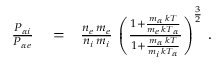
\begin{array} { r l r } { \frac { P _ { \alpha i } } { P _ { \alpha e } } } & { { } = } & { \frac { n _ { e } \, m _ { e } } { n _ { i } \, m _ { i } } \, \left( \frac { 1 + \frac { m _ { \alpha } \, k T } { m _ { e } \, k T _ { \alpha } } } { 1 + \frac { m _ { \alpha } \, k T } { m _ { i } \, k T _ { \alpha } } } \right) ^ { \frac { 3 } { 2 } } \, . } \end{array}